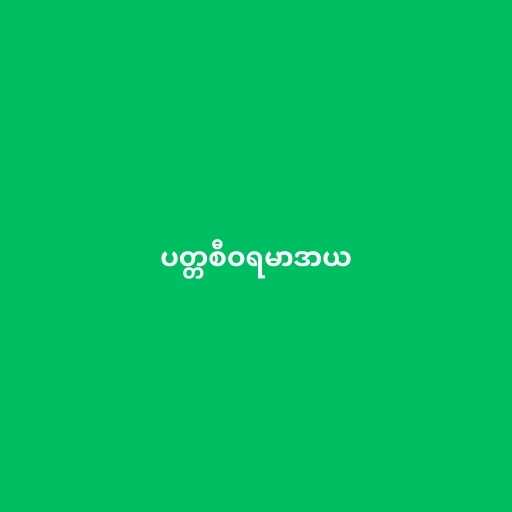
ပတ္တစီဝရမာဒာယ